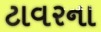
ટાવરના